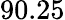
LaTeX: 90.25